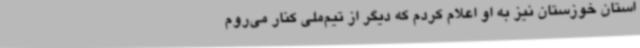
استان خوزستان نیز به او اعلام کردم که دیگر از تیم‌ملی کنار می‌روم